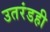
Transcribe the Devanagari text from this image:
उतरंडही